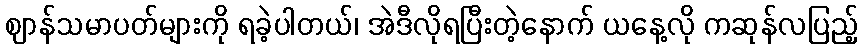
ဈာန်သမာပတ်များကို ရခဲ့ပါတယ်၊ အဲဒီလိုရပြီးတဲ့နောက် ယနေ့လို ကဆုန်လပြည့်